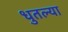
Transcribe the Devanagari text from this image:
धुतल्या